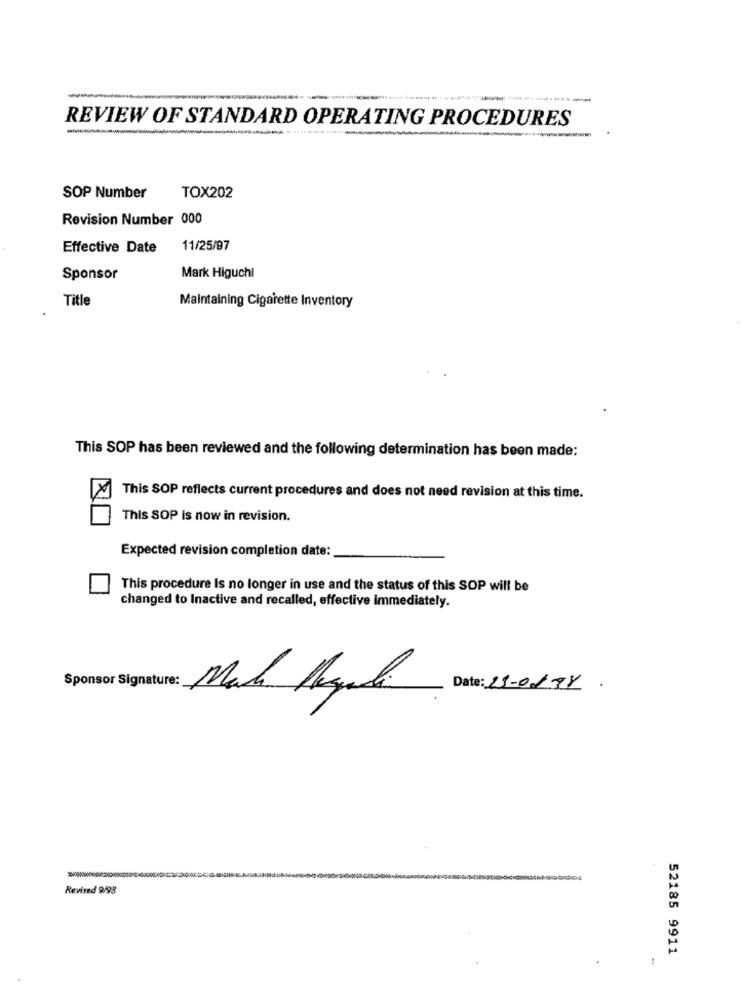
REVIEW OF STANDARD OPERATING PROCEDURES
SOP Number
TOX202
Revision Number 000
Effective Date
11/25/97
Sponsor
Mark Higuchl
Title
Maintaining Cigarette Inventory
This SOP has been reviewed and the following determination has been made:
This SOP reflects current procedures and does not need revision at this time.
This SOP is now in revision.
Expected revision completion date:
This procedure Is no longer in use and the status of this SOP will be
changed to Inactive and recalled, effective immediately.
Sponsor Signature:
Date: 25-0177.
Revised 9/98
52185 9911